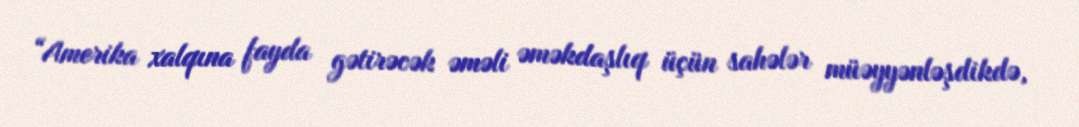
“Amerika xalqına fayda gətirəcək əməli əməkdaşlıq üçün sahələr müəyyənləşdikdə,